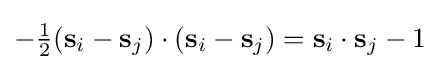
-{\tfrac {1}{2}}(\mathbf {s} _{i}-\mathbf {s} _{j})\cdot (\mathbf {s} _{i}-\mathbf {s} _{j})=\mathbf {s} _{i}\cdot \mathbf {s} _{j}-1